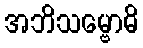
အဘိသမ္ဗောဓိ